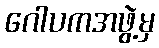
ဂေါပကအဖွဲ့မှ